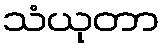
သံယုတာ